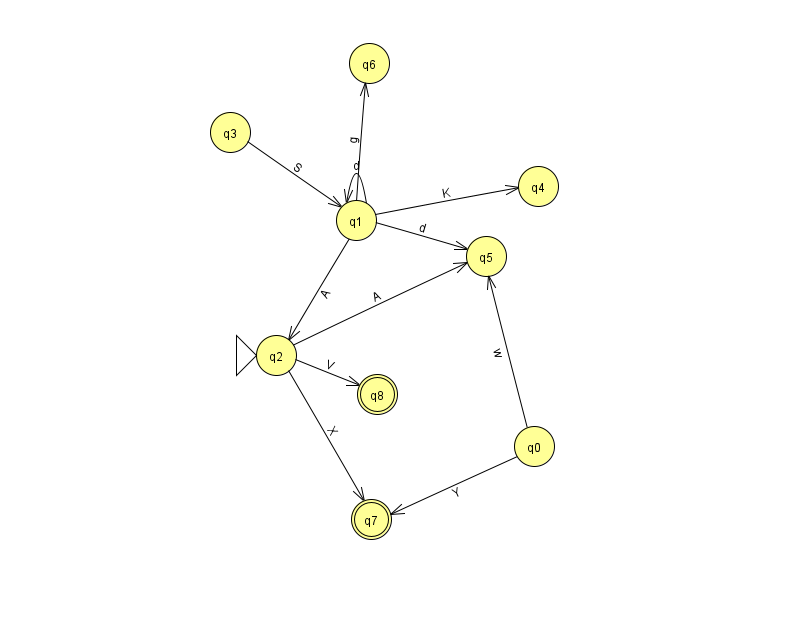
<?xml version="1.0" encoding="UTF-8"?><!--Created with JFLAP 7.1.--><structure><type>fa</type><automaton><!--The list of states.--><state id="0" name="q0"><x>534.0</x><y>433.0</y></state><state id="1" name="q1"><x>356.0</x><y>207.0</y></state><state id="2" name="q2"><x>276.0</x><y>342.0</y><initial/></state><state id="3" name="q3"><x>230.0</x><y>119.0</y></state><state id="4" name="q4"><x>538.0</x><y>173.0</y></state><state id="5" name="q5"><x>486.0</x><y>243.0</y></state><state id="6" name="q6"><x>369.0</x><y>50.0</y></state><state id="7" name="q7"><x>371.0</x><y>506.0</y><final/></state><state id="8" name="q8"><x>377.0</x><y>381.0</y><final/></state><!--The list of transitions.--><transition><from>2</from><to>8</to><read>V</read></transition><transition><from>0</from><to>5</to><read>w</read></transition><transition><from>1</from><to>1</to><read>d</read></transition><transition><from>1</from><to>5</to><read>d</read></transition><transition><from>3</from><to>1</to><read>S</read></transition><transition><from>0</from><to>7</to><read>Y</read></transition><transition><from>1</from><to>6</to><read>g</read></transition><transition><from>1</from><to>2</to><read>A</read></transition><transition><from>1</from><to>4</to><read>K</read></transition><transition><from>2</from><to>5</to><read>A</read></transition><transition><from>2</from><to>7</to><read>X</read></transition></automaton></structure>